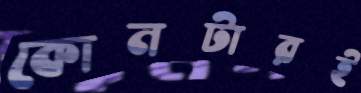
কোনটারই